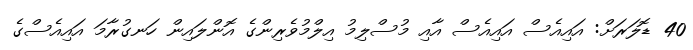
40 ޑޮލަރަށް: އައިއެސް އައިއެސް އާއި މުސްލިމު އިލްމުވެރިންގެ އޮންލައިން ހަނގުރާމަ އައިއެސްގެ